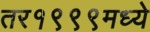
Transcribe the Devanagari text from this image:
तर१९९९मध्ये